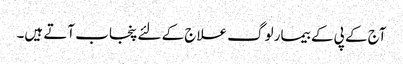
آج کے پی کے بیمار لوگ علاج کے لئے پنجاب آتے ہیں۔